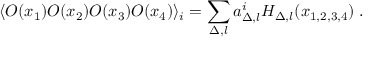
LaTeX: \langle O ( x _ { 1 } ) O ( x _ { 2 } ) O ( x _ { 3 } ) O ( x _ { 4 } ) \rangle _ { i } = \sum _ { \Delta , l } a _ { \Delta , l } ^ { i } { \cal H } _ { \Delta , l } ( x _ { 1 , 2 , 3 , 4 } ) \; .